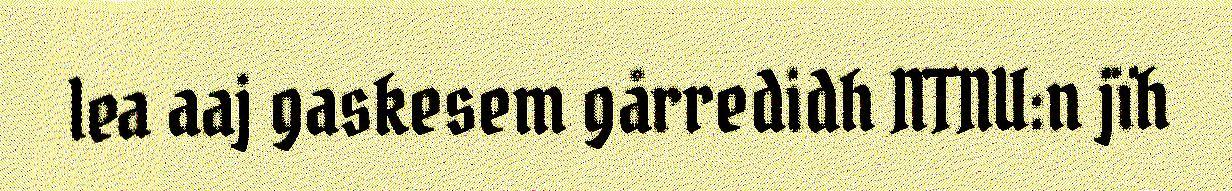
lea aaj gaskesem gårredidh NTNU:n jïh